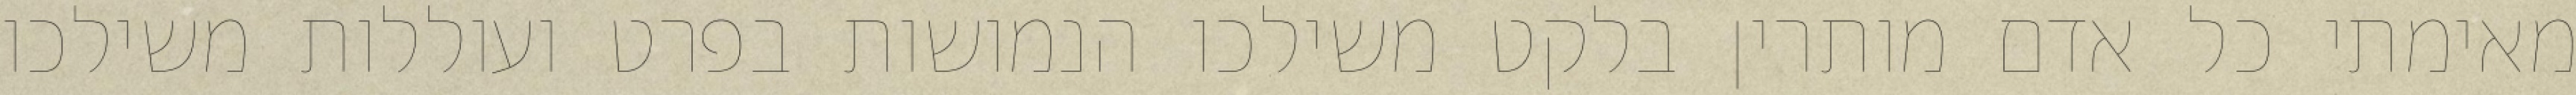
מאימתי כל אדם מותרין בלקט משילכו הנמושות בפרט ועוללות משילכו